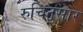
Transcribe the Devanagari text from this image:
रुचिनुसार